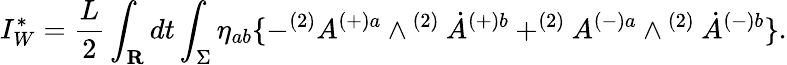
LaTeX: I_{W}^{\ast}=\frac{L}{2}\int_{\mathbf R}dt\int_{\Sigma}\eta_{ab}\{ -^{(2)}A^{(+)a}\wedge^{\mathrm{~}(2)}\dot{A}^{(+)b}+^{(2)}A^{(-)a}\wedge^{\mathrm{~}(2)}\dot{A}^{(-)b}\} .